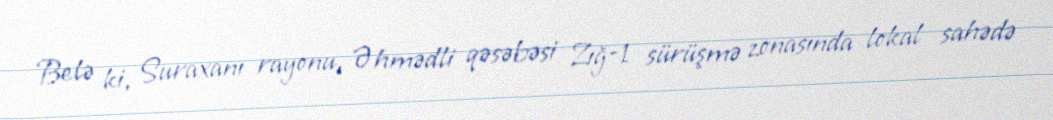
Belə ki, Suraxanı rayonu, Əhmədli qəsəbəsi Zığ-1 sürüşmə zonasında lokal sahədə